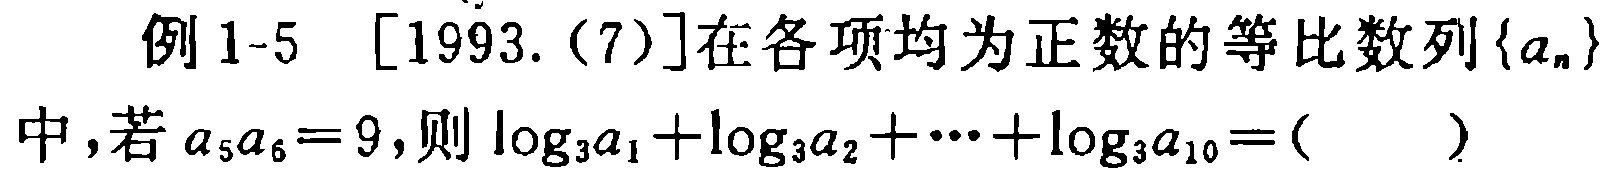
例1-5 [1993.(7)]在各项均为正数的等比数列\(\{a_{n}\}\)中，若\(a_{5}a_{6}=9\)，则\(\log_{3}a_{1}+\log_{3}a_{2}+\cdots+\log_{3}a_{10}=(\ \ \ \ \ )\)